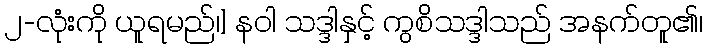
၂-လုံးကို ယူရမည်၊] နဝါ သဒ္ဒါနှင့် ကွစိသဒ္ဒါသည် အနက်တူ၏၊